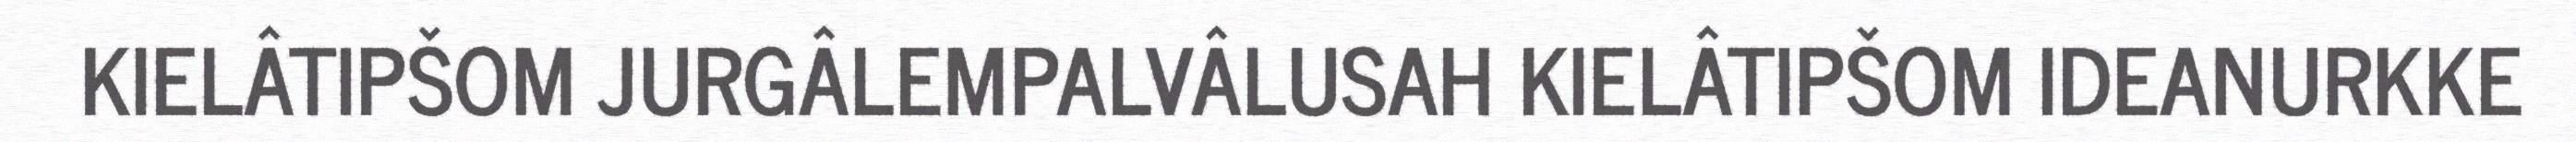
KIELÂTIPŠOM JURGÂLEMPALVÂLUSAH KIELÂTIPŠOM IDEANURKKE